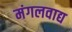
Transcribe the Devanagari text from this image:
मंगलवाद्य